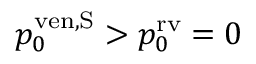
p _ { 0 } ^ { \mathrm { v e n , S } } > p _ { 0 } ^ { \mathrm { r v } } = 0